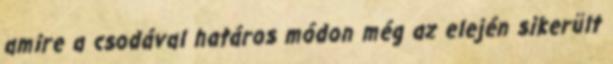
amire a csodával határos módon még az elején sikerült